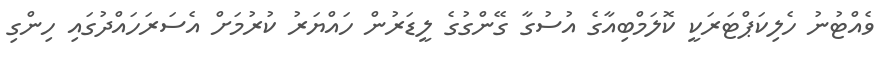
ވެއްޓުނު ހެލިކަޕްޓަރަކީ ކޮލަމްބިއާގެ އުސުގާ ގޭންގުގެ ލީޑަރުން ހައްޔަރު ކުރުމަށް އެސަރަހައްދުގައި ހިންގި